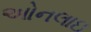
ઓનલાઇ